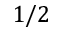
1 / 2